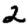
Digit: 2